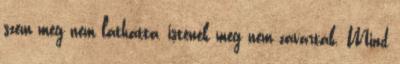
szem meg nem láthatta, istenek meg nem zavarták. Mind